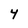
Character: 4